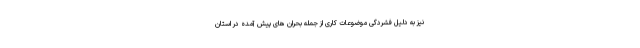
نیز به دلیل فشردگی موضوعات کاری از جمله بحران های پیش آمده در استان